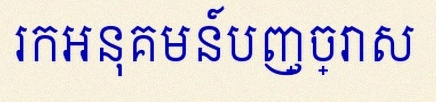
រកអនុគមន៍បញ្ច្រាស